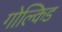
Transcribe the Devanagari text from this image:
गोल्किड